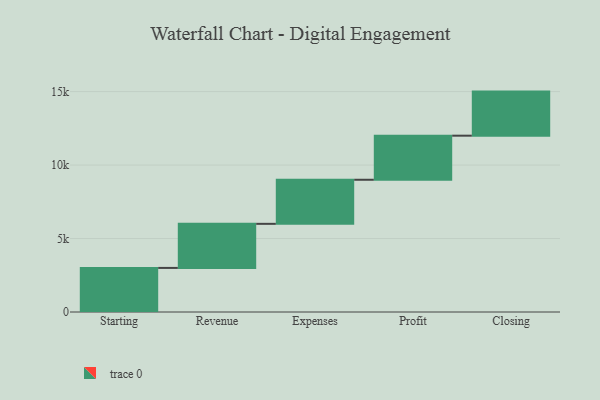
{"axis": {"x": "Step", "y": "Value"}, "legend": [""], "data": [{"x": "Starting", "y": 3000, "type": ""}, {"x": "Revenue", "y": 3000, "type": ""}, {"x": "Expenses", "y": 3000, "type": ""}, {"x": "Profit", "y": 3000, "type": ""}, {"x": "Closing", "y": 3000, "type": ""}]}